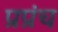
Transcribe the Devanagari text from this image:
प्रप्रंच